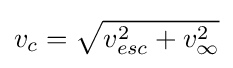
v_{c}={\sqrt {v_{esc}^{2}+v_{\infty }^{2}}}